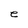
Character: e